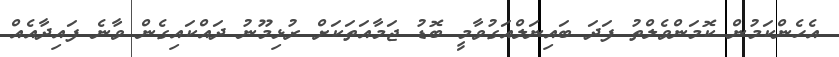
އެހެންކަމުން ކޮމަންވެލްތު ފަދަ ބައިނަލްއަގުވާމީ ބޮޑު ޖަމާއަތަކަށް ރުޅިމޫނު ދައްކައިގެން ވާނެ ފައިދާއެއް